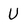
Character: U